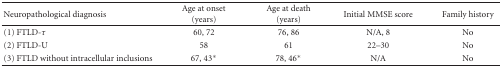
| Neuropathological diagnosis | Age at onset (years) | Age at death (years) | Initial MMSE score | Family history |
 | --- | --- | --- | --- | --- |
 | (1) FTLD-τ | 60, 72 | 76, 86 | N/A, 8 | No |
 | (2) FTLD-U | 58 | 61 | 22–30 | No |
 | (3) FTLD without intracellular inclusions | 67, 43* | 78, 46* | N/A | No |